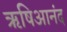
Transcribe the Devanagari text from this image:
ऋषिआनंद